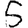
Digit: 5